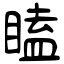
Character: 瞌